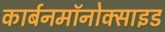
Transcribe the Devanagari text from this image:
कार्बनमॉनोक्साइड